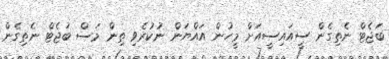
ބަޖެޓް ނެތިގެން ސީއައިސީއަށް މީހުން އައްޔަން ނުކުރެވި ތިން މަސް ބަޖެޓް ނެތިގެން